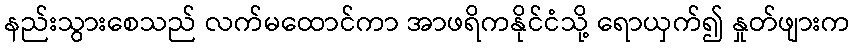
နည်းသွားစေသည် လက်မထောင်ကာ အာဖရိကနိုင်ငံသို့ ရောယှက်၍ နှုတ်ဖျားက